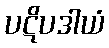
ပဋိပဒါယံ